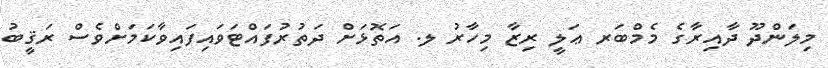
މިލަންދޫ ދާއިރާގެ މެމްބަރ ޢަލީ ރިޒާ މިހާރު ލ. އަތޮޅަށް ދަތުރުފައްޓަވައިފައިވާކަމަށްވެސް ރަޤީބު